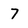
Character: 7